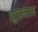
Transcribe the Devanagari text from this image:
सुतनाम